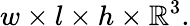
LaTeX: w\times l\times h\times\mathbb{R}^{3}.